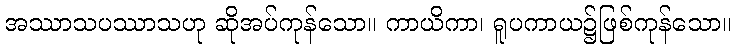
အဿာသပဿာသဟု ဆိုအပ်ကုန်သော။ ကာယိကာ၊ ရူပကာယ၌ဖြစ်ကုန်သော။